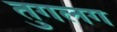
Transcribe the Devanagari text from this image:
तुगलग